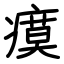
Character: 瘼